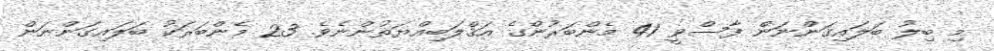
މި ބިލު ބަލައިގަންނަން ފާސްވީ 41 މެންބަރުންގެ އަޤްލަބިއްޔަތުންނެވެ. 23 މެންބަރަކު ބަލައިގަންނަން